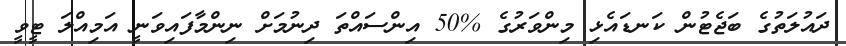
ދައުލަތުގެ ބަޖެޓުން ކަނޑައެޅި މިންވަރުގެ %50 އިންސައްތަ ދިނުމަށް ނިންމާފައިވަނީ އަމިއްލަ ޓީވީ